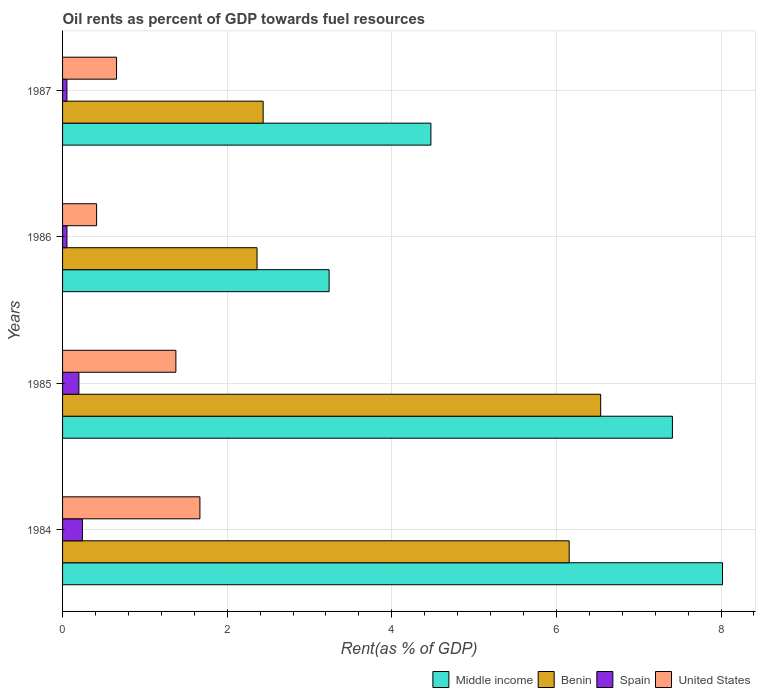
| Years | Middle income | Benin | Spain | United States |
 | --- | --- | --- | --- | --- |
 | 1984 | 8.02 | 6.16 | 0.241 | 1.67 |
 | 1985 | 7.41 | 6.54 | 0.198 | 1.38 |
 | 1986 | 3.24 | 2.36 | 0.0531 | 0.413 |
 | 1987 | 4.48 | 2.44 | 0.0528 | 0.656 |